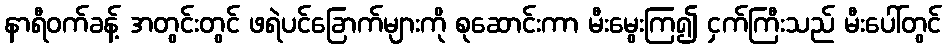
နာရီဝက်ခန့် အတွင်းတွင် ဖရဲပင်ခြောက်များကို စုဆောင်းကာ မီးမွေးကြ၍ ငှက်ကြီးသည် မီးပေါ်တွင်